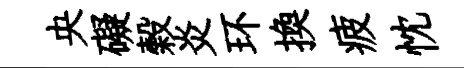
央礙榖炎环換疲忱